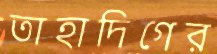
তাহাদিগের